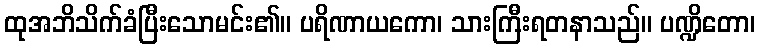
ထုအဘိသိက်ခံပြီးသောမင်း၏။ ပရိဏာယကော၊ သားကြီးရတနာသည်။ ပဏ္ဍိတော၊